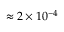
\approx 2 \times 1 0 ^ { - 4 }